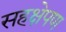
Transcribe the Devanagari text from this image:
सहक्षेपण